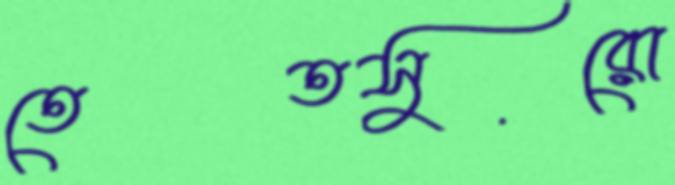
তেতসুরো